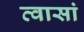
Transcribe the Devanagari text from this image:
त्वासां